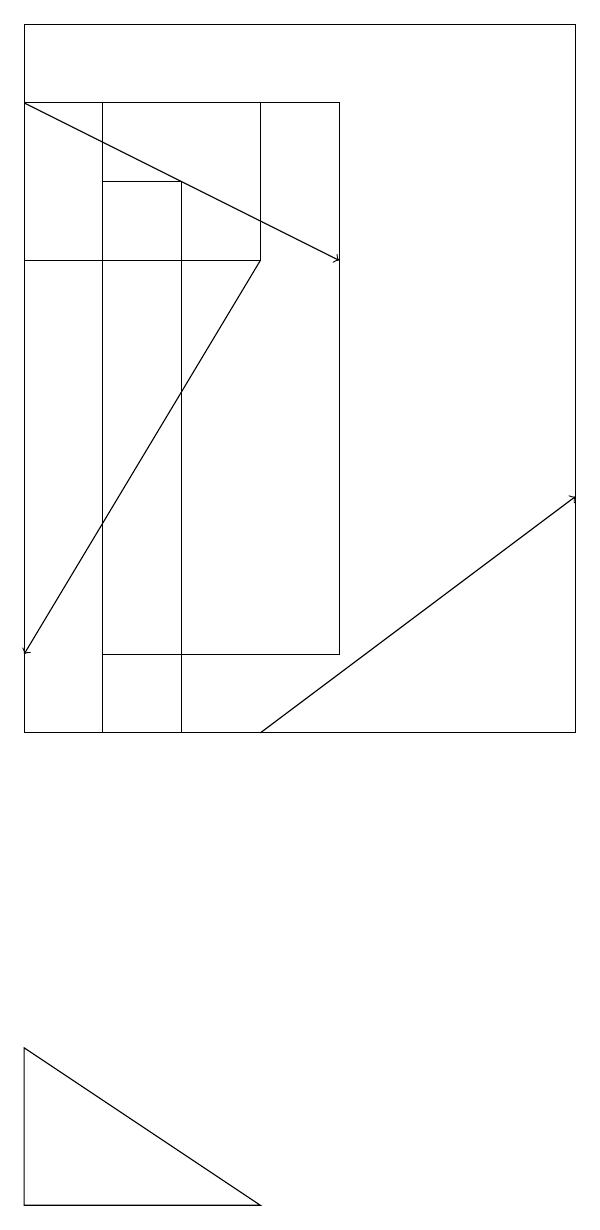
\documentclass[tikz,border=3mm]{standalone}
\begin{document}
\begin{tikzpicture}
\draw[->] (3,10) -- (7,13);
\draw (3,16) rectangle (0,18);
\draw (1,10) rectangle (2,17);
\draw[->] (0,18) -- (4,16);
\draw (1,11) rectangle (4,18);
\draw (0,4) -- (0,6) -- (3,4) -- cycle;
\draw[->] (3,16) -- (0,11);
\draw (7,19) rectangle (0,10);
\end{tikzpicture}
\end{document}